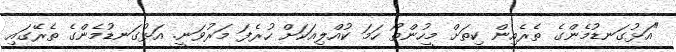
"އަޅުގަނޑުމެންގެ ތެރެެއިން ކިތަށް މީހުންތޯ ހަމަ ކުއްލިއަކަށް ހުރެފަ މަރުވަނީ. އަޅުގަނޑުމެންގެ ތެރޭގައި